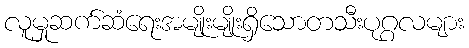
လူမှုဆက်ဆံရေးအမျိုးမျိုးရှိသောတသီးပုဂ္ဂလများ